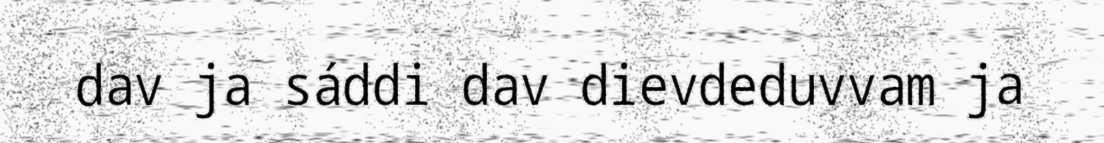
dav ja sáddi dav dievdeduvvam ja